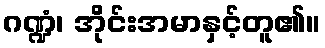
ဂဏ္ဍံ၊ အိုင်းအမာနှင့်တူ၏။